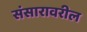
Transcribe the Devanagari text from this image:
संसारावरील